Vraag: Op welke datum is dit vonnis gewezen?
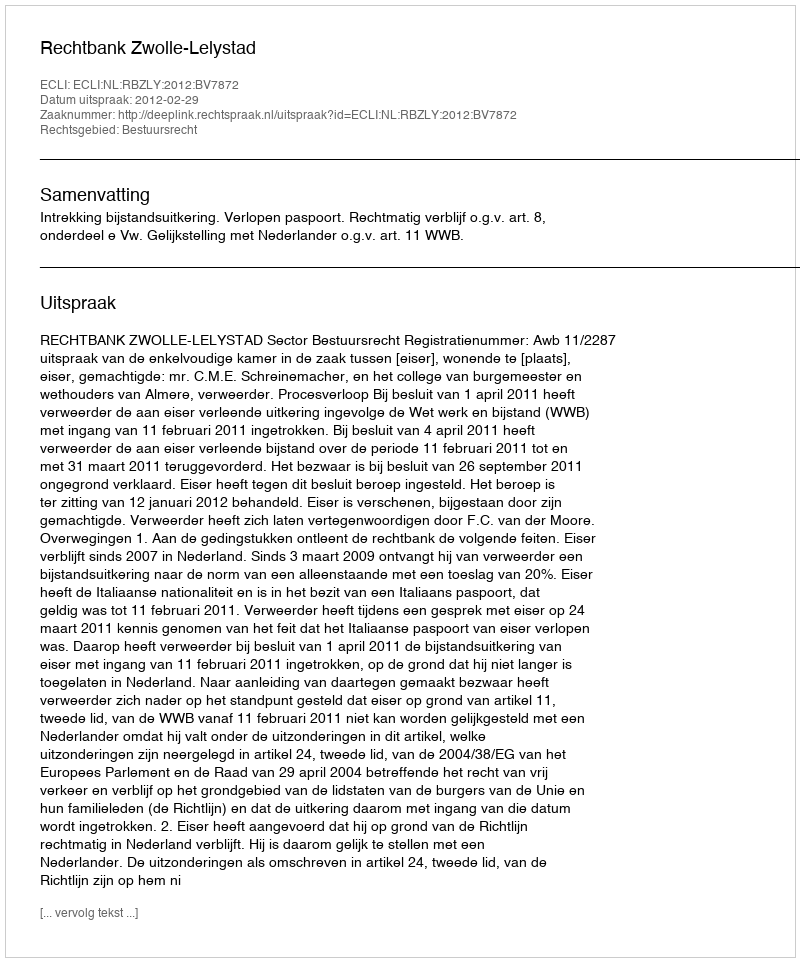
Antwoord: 2012-02-29